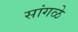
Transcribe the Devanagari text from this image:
सांगळे